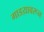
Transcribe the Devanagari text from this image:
गाडय़ावरून